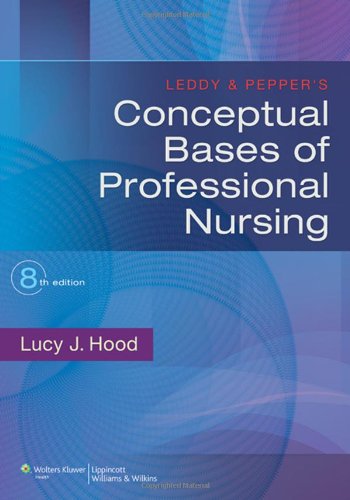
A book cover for Leddy & Pepper's Conceptual Bases of Professional Nursing; Dr. Lucy Hood; Medical Books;